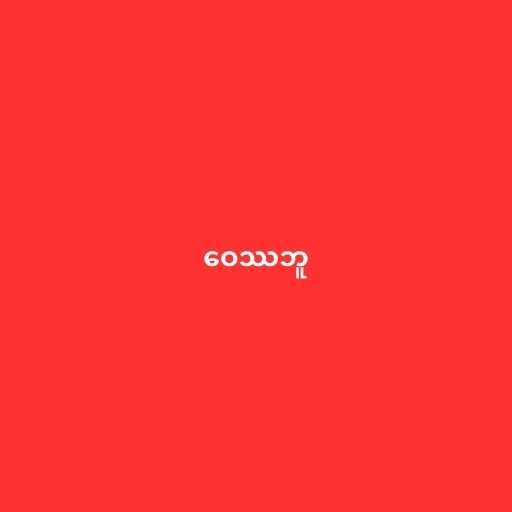
ဝေဿဘူ